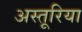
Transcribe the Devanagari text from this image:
अस्तूरिया